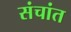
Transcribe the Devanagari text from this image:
संचांत